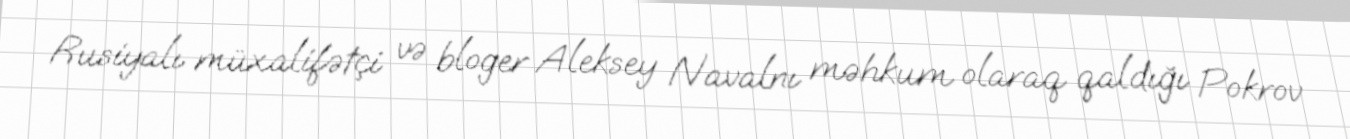
Rusiyalı müxalifətçi və bloger Aleksey Navalnı məhkum olaraq qaldığı Pokrov